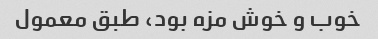
خوب و خوش مزه بود، طبق معمول